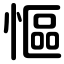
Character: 慪